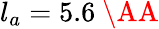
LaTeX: l_{a}=5.6\textup{~\AA}